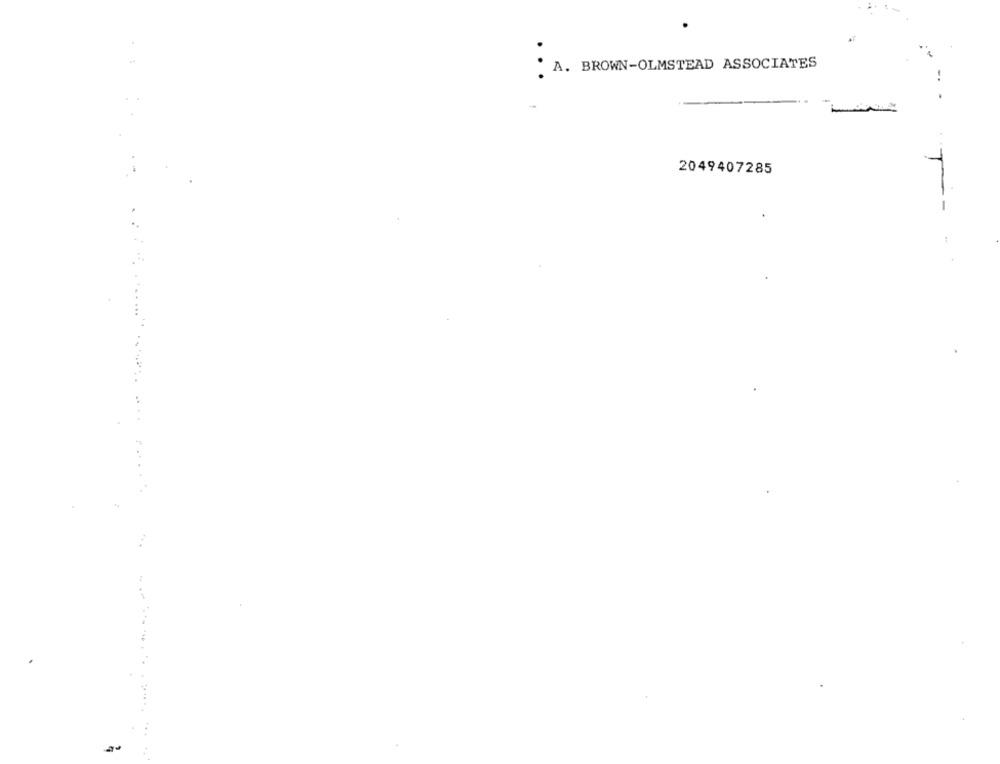
A. BROWN-OLMSTEAD ASSOCIATES
2049407285